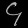
Digit: ၄